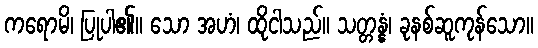
ကရောမိ၊ ပြုပါ၏။ သော အဟံ၊ ထိုငါသည်။ သတ္တန္နံ၊ ခုနစ်ဆူကုန်သော။